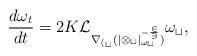
LaTeX: \begin{align*} \frac{d \omega_t}{d t} = 2K\cal{L}_{\nabla_{h_t} (|\Omega_t|_{\omega_t}^{-\frac{2}{3}})} \omega_t,\end{align*}